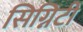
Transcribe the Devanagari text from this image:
सिग्निटी